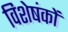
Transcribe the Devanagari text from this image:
विशेषंकों